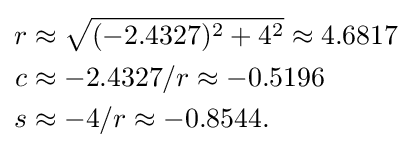
{\begin{aligned}r&{}\approx {\sqrt {(-2.4327)^{2}+4^{2}}}\approx 4.6817\\c&{}\approx -2.4327/r\approx -0.5196\\s&{}\approx -4/r\approx -0.8544.\end{aligned}}